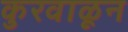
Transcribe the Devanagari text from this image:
कुरवाळून